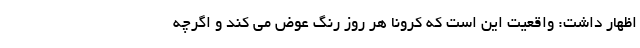
اظهار داشت: واقعیت این است که کرونا هر روز رنگ عوض می کند و اگرچه